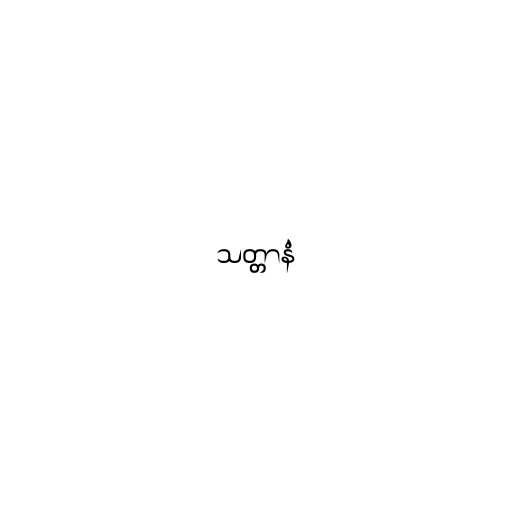
သတ္တာနံ